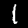
Label: 1